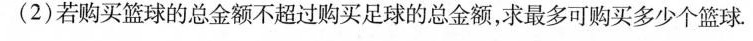
(2)若购买篮球的总金额不超过购买足球的总金额，求最多可购买多少个篮球。